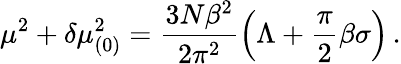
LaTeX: \mu^{2}+\delta\mu_{(0)}^{2}=\frac{3N\beta^{2}}{2\pi^{2}}\left(\Lambda+\frac{\pi}{2}\beta\sigma\right)\, .